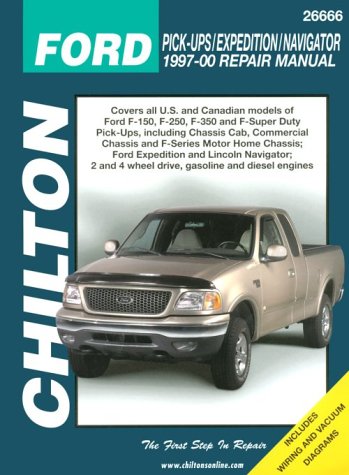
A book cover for Ford Pick-ups, Expedition, and Navigator, 1997-00 (Chilton's Total Car Care Repair Manual); The Chilton Editors; Engineering & Transportation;